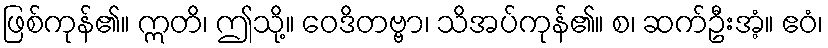
ဖြစ်ကုန်၏။ ဣတိ၊ ဤသို့။ ဝေဒိတဗ္ဗာ၊ သိအပ်ကုန်၏။ စ၊ ဆက်ဦးအံ့။ ဧဝံ၊